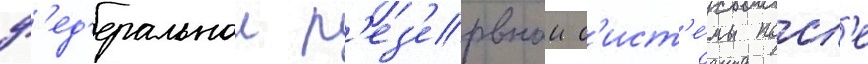
ф'ед'еральнои р'ез'ервнои с'ист'е́мы посл'е